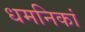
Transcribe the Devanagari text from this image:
धमनिकां